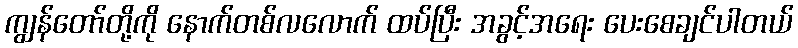
ကျွန်တော်တို့ကို နောက်တစ်လလောက် ထပ်ပြီး အခွင့်အရေး ပေးစေချင်ပါတယ်